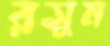
রসুম